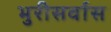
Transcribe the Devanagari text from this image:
भुरीसर्वास